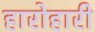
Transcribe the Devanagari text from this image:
हारोहारी